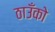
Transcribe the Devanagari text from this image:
ठाउँको